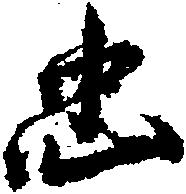
忠